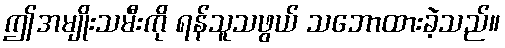
ဤအမျိုးသမီးကို ရန်သူသဖွယ် သဘောထားခဲ့သည်။